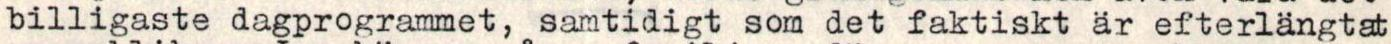
billigaste dagprogrammet, samtidigt som det faktiskt är efterlängtat